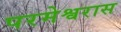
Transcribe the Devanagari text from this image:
परमेश्वरास